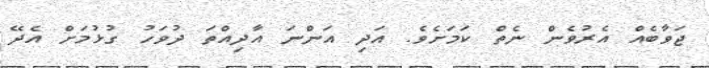
ޖަވާބެއް އެރުވެން ނެތް ކަމަށެވެ. އަދި އަންނަ އާދިއްތަ ދުވަހު ގުޅުމަށް އެދޭ